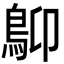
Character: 𩾱